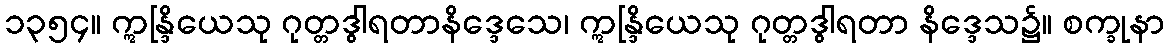
၁၃၅၄။ ဣန္ဒြိယေသု ဂုတ္တဒွါရတာနိဒ္ဒေသေ၊ ဣန္ဒြိယေသု ဂုတ္တဒွါရတာ နိဒ္ဒေသ၌။ စက္ခုနာ